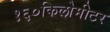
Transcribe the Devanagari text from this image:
१६०किलोमीटर